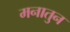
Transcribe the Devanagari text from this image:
मनातुन